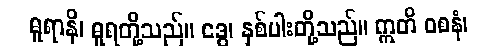
ဓူရာနိ၊ ဓူရတို့သည်။ ဒွေ၊ နှစ်ပါးတို့သည်။ ဣတိ ဝစနံ၊